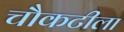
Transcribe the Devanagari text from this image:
चौकटीला